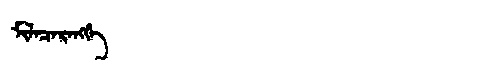
Manchu: ᠮᡳᠯᠠᠴᠠᡵᠠᠩᡤᡝ
Romanization: MILACARANGGE